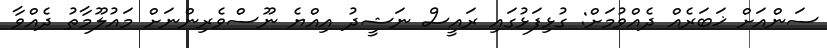
ސަންއަށް ޚަބަރެއް ދެއްވުމަށް: ގުޅިފަޅުގައި ރައީސް ނަޝީދު އިއްޔެ ނޫސްވެރިންނަށް މައުލޫމާތު ދެއްވާ